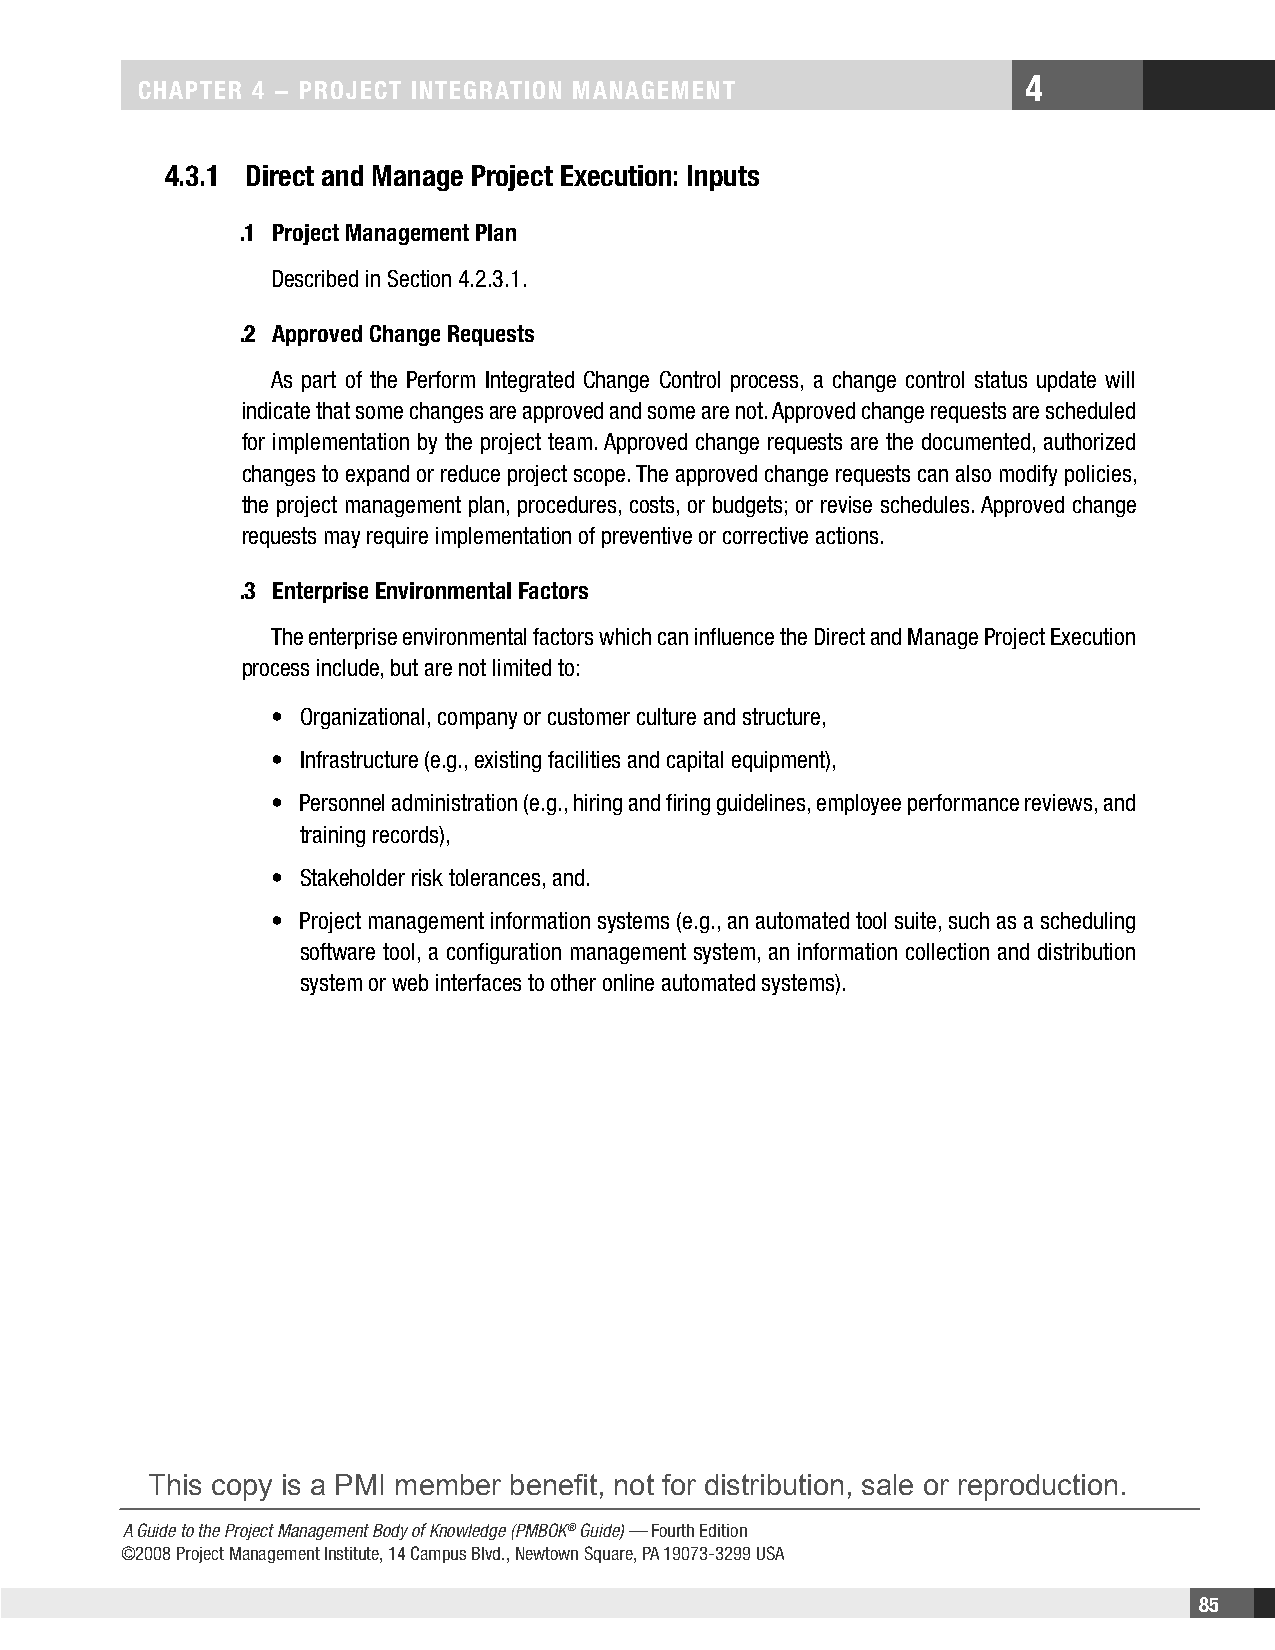
4
 CHaPteR 4 − PRojeCt IntegRatIon management
 4.3.1 Direct and manage Project execution: Inputs
 .1 Project management Plan
 Described in Section 4.2.3.1.
 .2 approved Change Requests
 As part of the Perform Integrated Change Control process, a change control status update will
 indicate that some changes are approved and some are not. Approved change requests are scheduled
 for implementation by the project team. Approved change requests are the documented, authorized
 changes to expand or reduce project scope. The approved change requests can also modify policies,
 the project management plan, procedures, costs, or budgets; or revise schedules. Approved change
 requests may require implementation of preventive or corrective actions.
 .3 enterprise environmental Factors
 The enterprise environmental factors which can influence the Direct and Manage Project Execution
 process include, but are not limited to:
 • Organizational, company or customer culture and structure,
 • Infrastructure (e.g., existing facilities and capital equipment),
 • Personnel administration (e.g., hiring and firing guidelines, employee performance reviews, and
 training records),
 • Stakeholder risk tolerances, and.
 • Project management information systems (e.g., an automated tool suite, such as a scheduling
 software tool, a configuration management system, an information collection and distribution
 system or web interfaces to other online automated systems).
 This copy is a PMI member benefit, not for distribution, sale or reproduction.
 A Guide to the Project Management Body of Knowledge (PMBOK® Guide) — Fourth Edition
 ©2008 Project Management Institute, 14 Campus Blvd., Newtown Square, PA 19073-3299 USA
 85